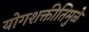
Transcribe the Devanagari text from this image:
योगशक्तीतिमुळे